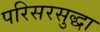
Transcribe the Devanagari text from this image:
परिसरसुद्धा